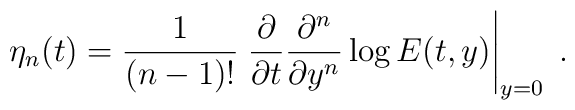
\eta_{n}(t)=\frac{1}{(n-1)!}\left.\frac{\partial}{\partial t}\frac{\partial^{n}}{\partial y^{n}} \log{E(t,y)}\right|_{y=0}\;.